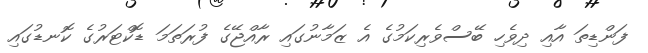
ފަންޑިތަ އާއި ދިވެހި ބޭސްވެރިކަމުގެ އެ ޒަމާނުގައި ރާއްޖޭގެ ފުރަތަމަ ޑޮކްޓަރުގެ ކޮނޑުގައި